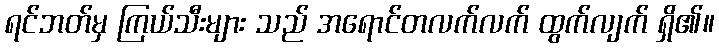
ရင်ဘတ်မှ ကြယ်သီးများ သည် အရောင်တလက်လက် ထွက်လျက် ရှိ၏။